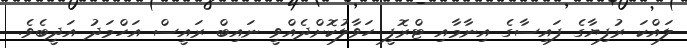
ލައްކަ ރުފިޔާގެ ފައިސާގެ އިނާމާއި ޓްރޮފީ ހަވާލުކޮށްދެއްވީ ނައިބް ރައީސް އަހްމަދު އަދީބެވެ.